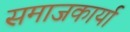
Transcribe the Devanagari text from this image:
समाजकार्या